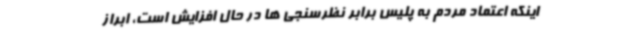
اینکه اعتماد مردم به پلیس برابر نظرسنجی ها در حال افزایش است، ابراز